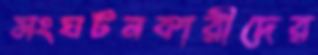
সংঘটনকারীদের